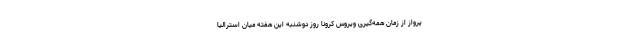
پرواز از زمان همه‌گیری ویروس کرونا روز دوشنبه این هفته میان استرالیا